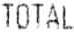
TOTAL